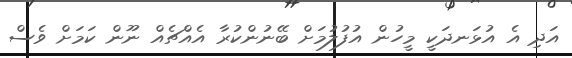
އަދި އެ އުޅަނދަކީ މީހުން އުފުލުމަށް ބޭނުންކުރާ އެއްޗެއް ނޫން ކަމަށް ވެސް